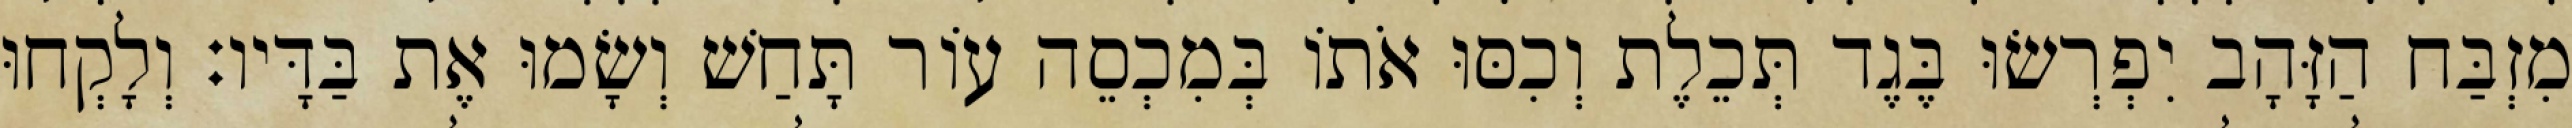
מִזְבַּח הַזָּהָב יִפְרְשׂוּ בֶּגֶד תְּכֵלֶת וְכִסּוּ אֹתוֹ בְּמִכְסֵה עוֹר תָּחַשׁ וְשָׂמוּ אֶת בַּדָּיו׃ וְלָקְחוּ